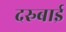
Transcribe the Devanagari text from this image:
दरुबाई